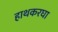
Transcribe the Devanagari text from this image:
हाथकरघा